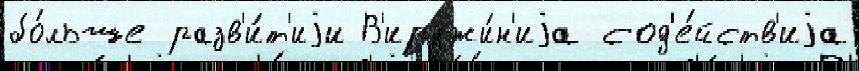
бо́льше разв'и́т'иjи В'ирджи́н'иjа сод'е́йств'иjа